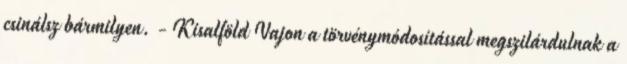
csinálsz bármilyen. - Kisalföld Vajon a törvénymódosítással megszilárdulnak a